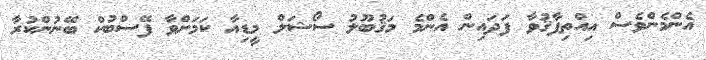
އެންމެންވެސް އިއްތިފާޤުވާ ފަދައިން އެންމެ މަޤުބޫލު ސޯޝަލް މީޑިއާ ކަމަށްވާ ފޭސްބުކް ބޭނުންކުރާ